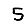
Digit: 5